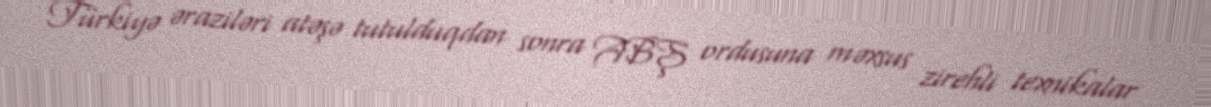
Türkiyə əraziləri atəşə tutulduqdan sonra ABŞ ordusuna məxsus zirehli texnikalar